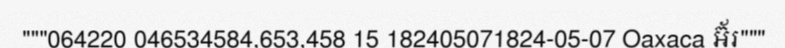
"""064220 046534584,653,458 15 182405071824-05-07 Oaxaca អ៊័រ"""